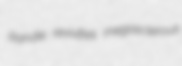
Randie revivifies megasclerous